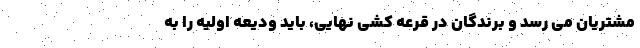
مشتریان می رسد و برندگان در قرعه کشی نهایی، باید ودیعه اولیه را به